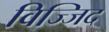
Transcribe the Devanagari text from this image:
विज्जिद